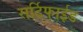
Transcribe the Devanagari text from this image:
सर्टिफाईड